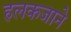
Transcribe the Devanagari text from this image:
हलकजाने